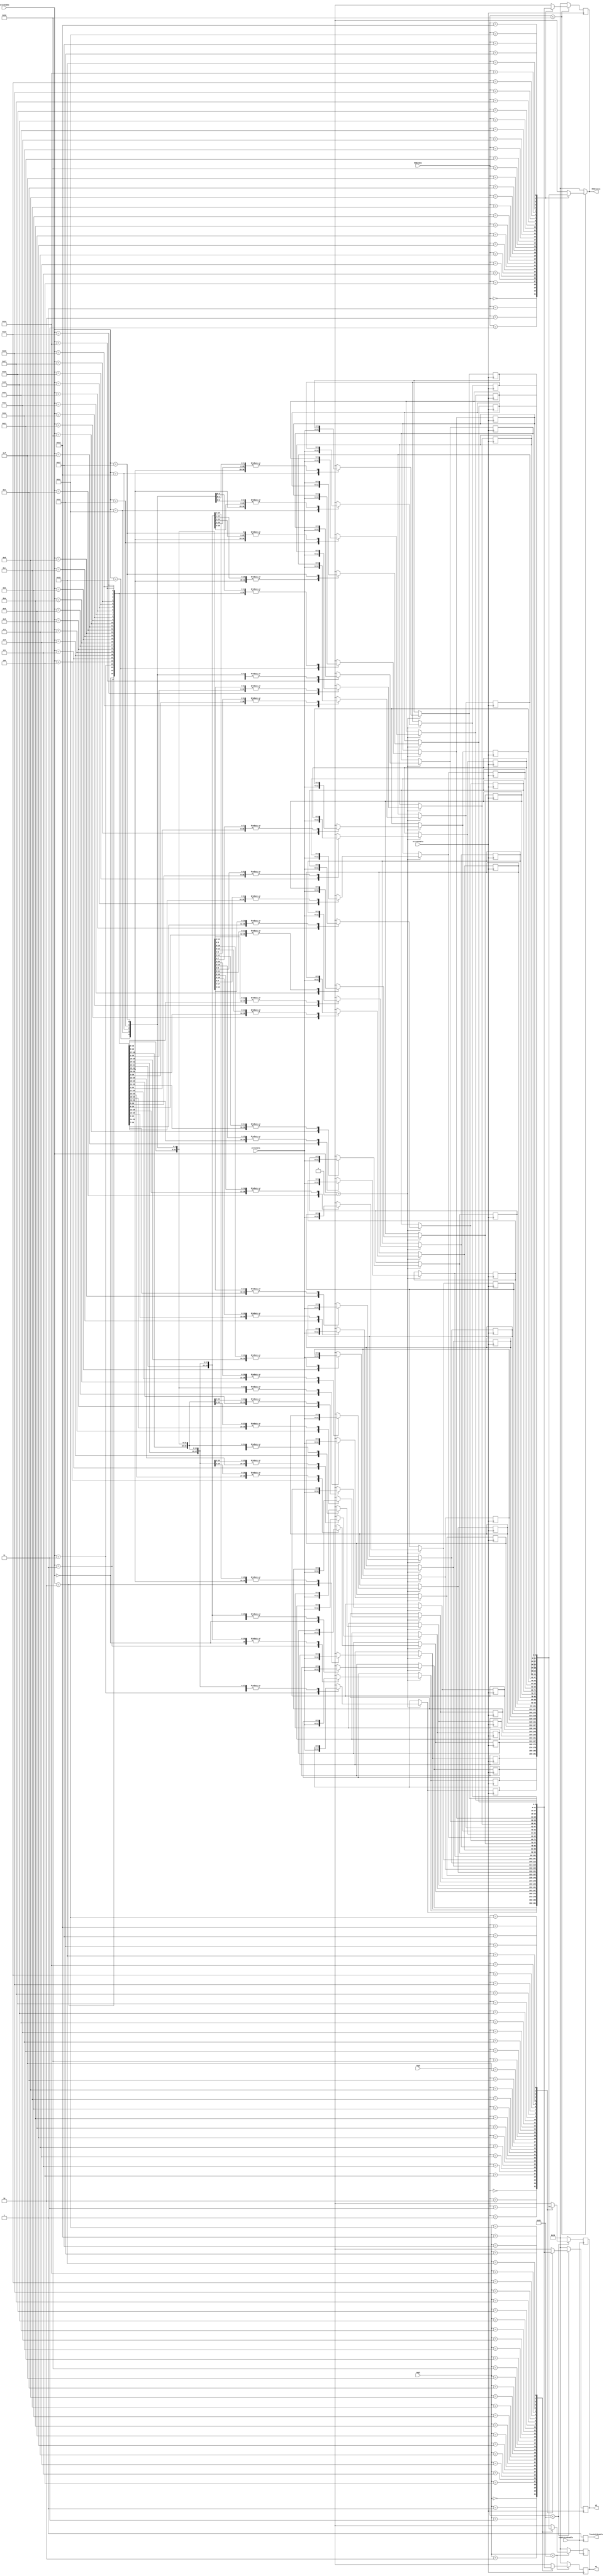
`timescale 10ps / 100fs

module regstatus (
	input wire[4:0] reg1,
	input wire[4:0] reg2,

	input wire writeEnable,
	input wire[5:0] writedata,
	input wire[4:0] writeIndex,

	input wire[4:0] ROBindex,
	output reg[5:0] ROBstatus,

	output reg[5:0] q1,
	output reg[5:0] q2,

	input wire regStatusEnable,
	output reg funcUnitEnable
);

parameter invalidNum = 6'b010000;
reg[5:0] status[0:31];

integer i;

initial begin
	funcUnitEnable = 1'b0;
	for (i = 0; i < 32; i = i + 1) begin
		status[i] = invalidNum;
	end
	q1 = invalidNum;
	q2 = invalidNum;
end

always @(ROBindex) begin
	if (ROBindex < 16) begin
		ROBstatus = status[ROBindex];
	end else ROBstatus = invalidNum;
end

always @(posedge writeEnable) begin
	if (writeIndex > 0) status[writeIndex] = writedata;
	if (reg1 < 32) begin
		q1 = status[reg1];
	end 
	else q1 = invalidNum;
	if (reg2 < 32) begin
		q2 = status[reg2];
	end
	else q2 = invalidNum;
	if (ROBindex < 16) begin
		ROBstatus = status[ROBindex];
	end
	else ROBstatus = invalidNum;
end

always @(posedge regStatusEnable) begin
	funcUnitEnable = 1'b0;
	if (reg1 < 32) begin
		q1 = status[reg1];
	end
	else q1 = invalidNum;
	if (reg2 < 32) begin
		q2 = status[reg2];
	end
	else q2 = invalidNum;
	funcUnitEnable = 1'b1;
end

endmodule